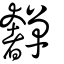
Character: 奲